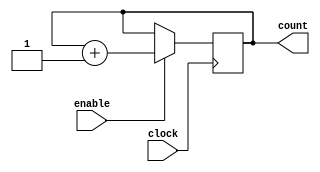
`timescale 1ns / 100ps

module counter_10(clock,enable,count);

	parameter BIT_SZ = 10;
	input clock;
	input enable;
	output [BIT_SZ-1:0] count;
	
	reg [BIT_SZ-1:0] count;
	
	initial count = 0;
	
	always @ (posedge clock)
		if(enable == 1'b1)
			count <= count + 1'b1;
			
endmodule